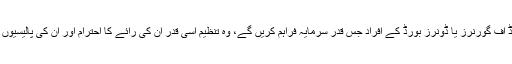
جس تنظیم کے بورڈ آف گورنرز یا ڈونرز بورڈ کے افراد جس قدر سرمایہ فراہم کریں گے، وہ تنظیم اسی قدر ان کی رائے کا احترام اور ان کی پالیسیوں پر عمل پیرا ہو گی۔